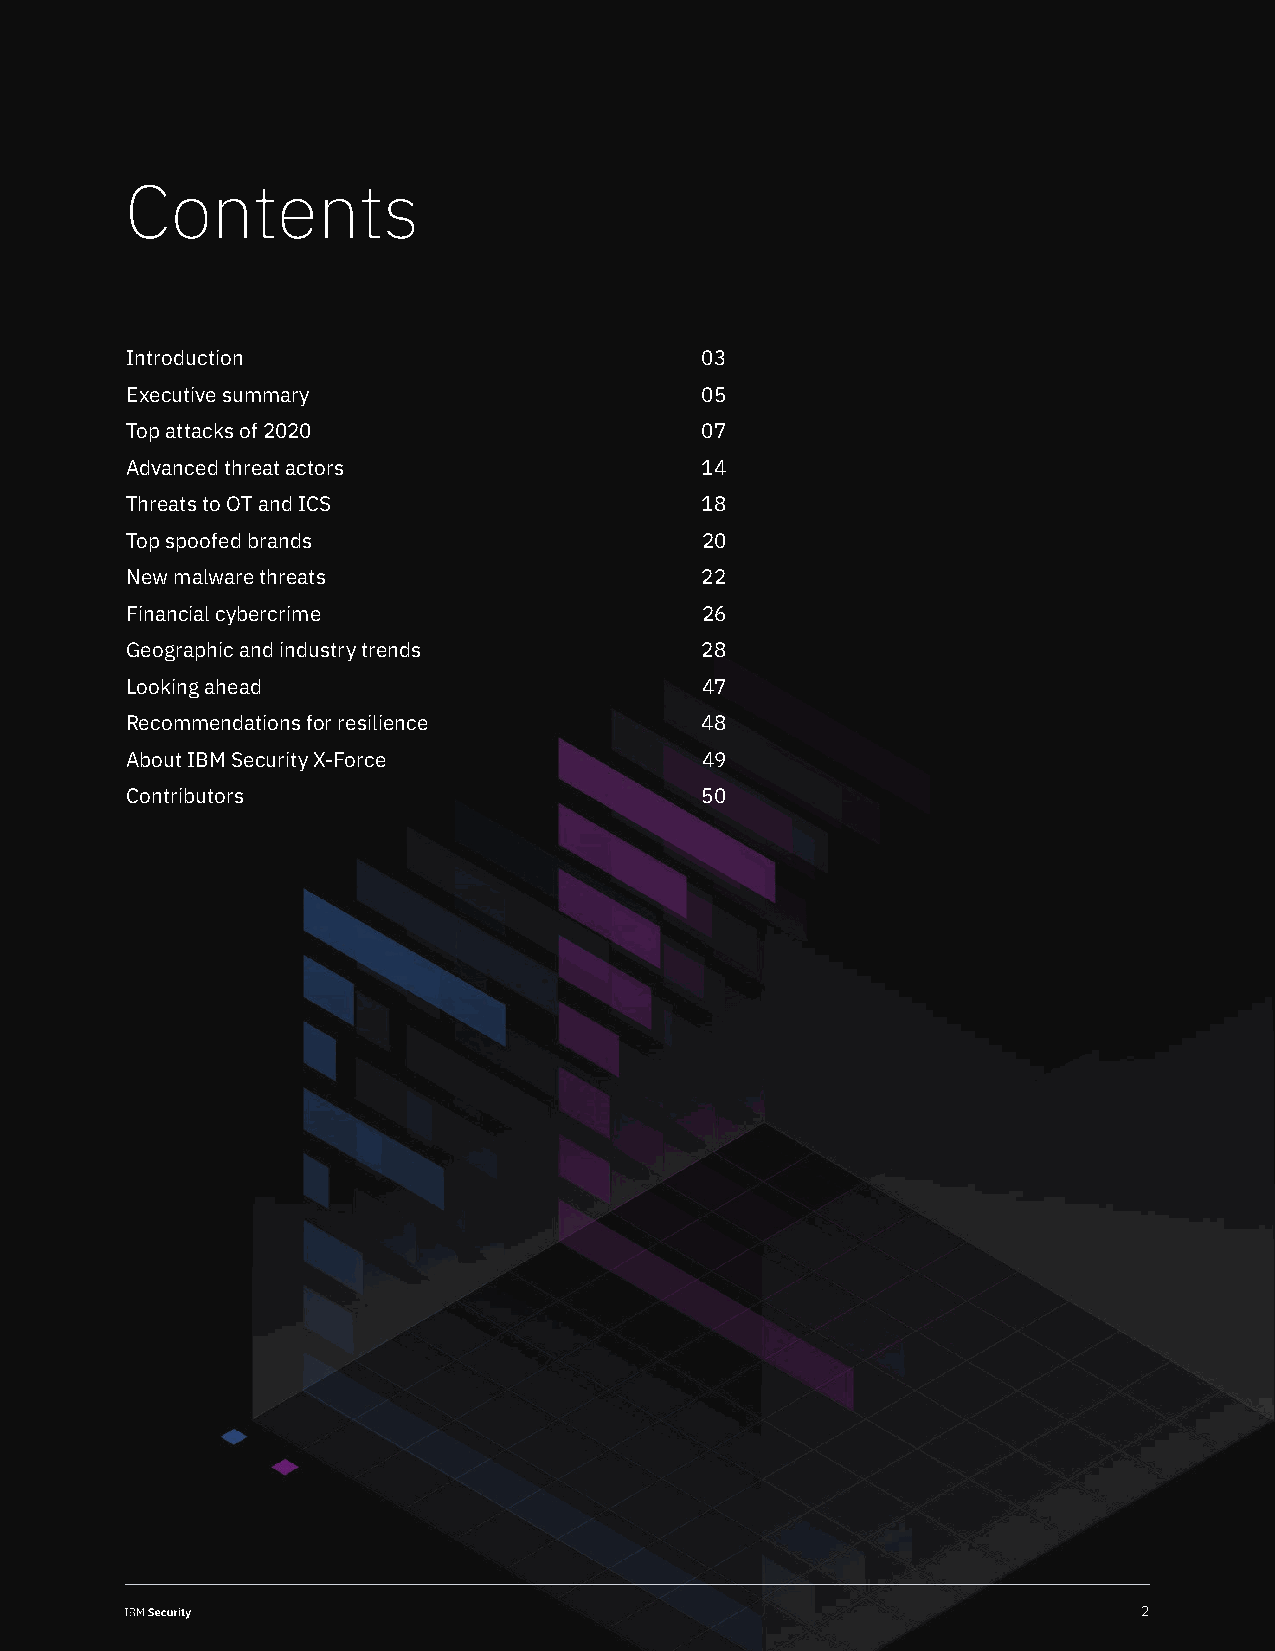
Contents
 Introduction                          03
 Executive summary                     05
 Top attacks of 2020                   07
 Advanced threat actors                14
 Threats to OT and ICS                 18
 Top spoofed brands                    20
 New malware threats                   22
 Financial cybercrime                  26
 Geographic and industry trends        28
 Looking ahead                         47
 Recommendations for resilience        48
 About IBM Security X-Force            49
 Contributors                          50
 2